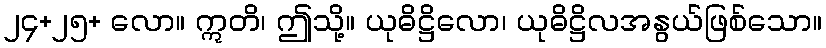
၂၄+၂၅+ လော။ ဣတိ၊ ဤသို့။ ယုဓိဋ္ဌိလော၊ ယုဓိဋ္ဌိလအနွယ်ဖြစ်သော။